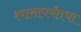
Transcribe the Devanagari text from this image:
श्वासापर्यंतचा